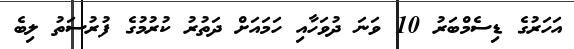
އަހަރުގެ ޑިސެމްބަރު 10 ވަނަ ދުވަހާއި ހަމައަށް ދަތުރު ކުރުމުގެ ފުރުސަތު ލިބެ